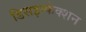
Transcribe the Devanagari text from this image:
डिसइन्फेक्शन